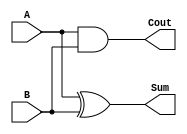
module HalfAdder(A, B, Sum, Cout);
   input wire A;
   input wire B;
	output wire Sum;
	output wire Cout;
   assign Sum = A ^ B;
	assign Cout = A & B;
endmodule